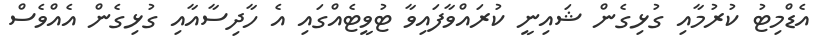
އެޑްމިޓު ކުރުމާއި ގުޅިގެން ޝައިނީ ކުރައްވާފައިވާ ޓުވީޓެއްގައި އެ ހާދިސާއާއި ގުޅިގެން އެއްވެސް